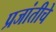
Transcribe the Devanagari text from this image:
प्रजांतीचे